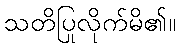
သတိပြုလိုက်မိ၏။